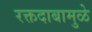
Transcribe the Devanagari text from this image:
रक्तदाबामुळे